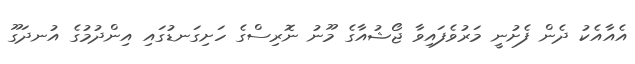
އެއާއެކު ދެން ފެށުނީ މަރުވެފައިވާ ޖޯޝުއާގެ މޫނު ނޮރިސްގެ ހަށިގަނޑުގައި އިންދުމުގެ އުނދަގޫ